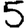
Digit: 5